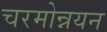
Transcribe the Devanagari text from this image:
चरमोन्नयन